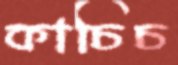
কাচিচ